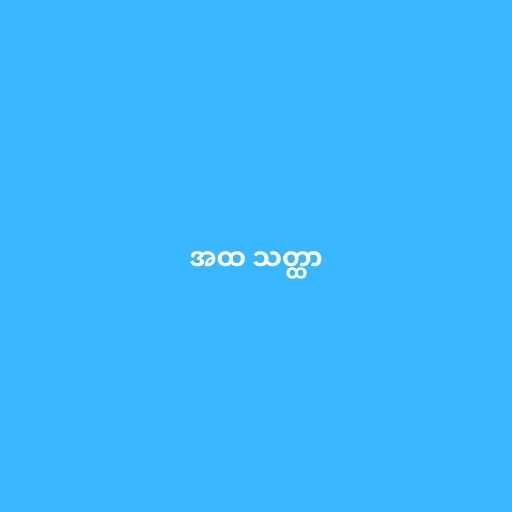
အထ သတ္ထာ